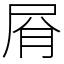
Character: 㞕